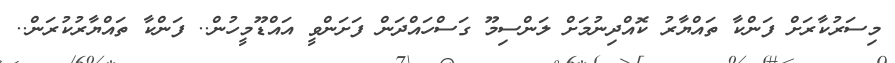
މިސަރުކާރަށް ފަންކާ ތައްޔާރު ކޮއްދިނުމަށް ލަންސިމޫ ގަސްހައްދަން ފަށަންވީ އައްޑޫމީހުން.. ފަންކާ ތައްޔާރުކުރަން..